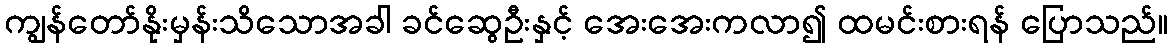
ကျွန်တော်နိုးမှန်းသိသောအခါ ခင်ဆွေဦးနှင့် အေးအေးကလာ၍ ထမင်းစားရန် ပြောသည်။